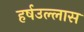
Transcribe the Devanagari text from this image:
हर्षउल्लास